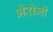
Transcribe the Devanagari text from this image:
भैरोजी